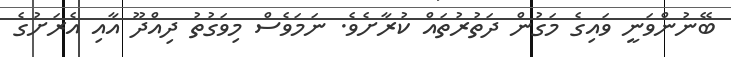
ބޭނުންވަނީ ވައިގެ މަގުން ދަތުރުތައް ކުރާށެވެ. ނަމަވެސް މިވަގުތު ދިއްދޫ އާއި އެރަށުގެ